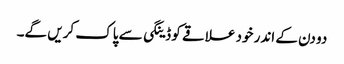
دو دن کے اندر خود علاقے کو ڈینگی سے پاک کریں گے۔